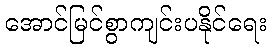
အောင်မြင်စွာကျင်းပနိုင်ရေး